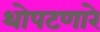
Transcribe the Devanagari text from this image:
थोपटणारे